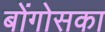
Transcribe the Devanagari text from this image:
बोंगोसका